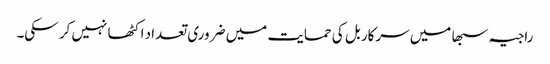
راجیہ سبھا میں سرکار بل کی حمایت میں ضروری تعداد اکٹھا نہیں کر سکی۔